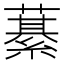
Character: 藄